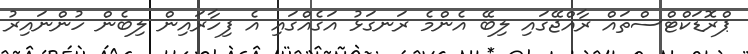
ޕްރޮޑަކްޓްސްތައް ރާއްޖޭގައި ލިބޭ އެންމެ ރަނގަޅު އަގެއްގައި އެ ފިހާރައިން ލިބެން ހުންނައިރު